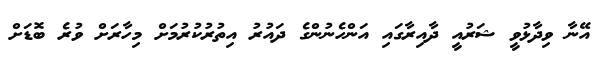
އޭނާ ވިދާޅުވީ ޝަރުއީ ދާއިރާގައި އަންހެނުންގެ ދައުރު އިތުރުކުރުމަށް މިހާރަށް ވުރެ ބޮޑަށް